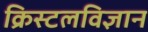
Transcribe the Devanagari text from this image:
क्रिस्टलविज्ञान